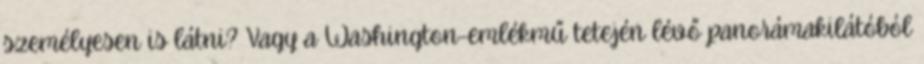
személyesen is látni? Vagy a Washington-emlékmű tetején lévő panorámakilátóból